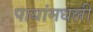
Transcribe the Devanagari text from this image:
पायांमधली